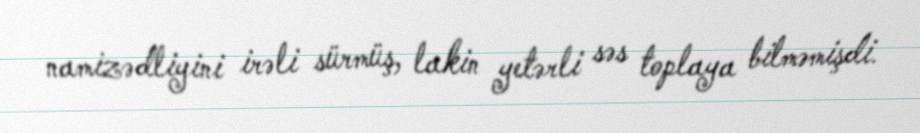
namizədliyini irəli sürmüş, lakin yetərli səs toplaya bilməmişdi.